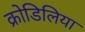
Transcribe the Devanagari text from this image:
क्रोडिलिया